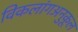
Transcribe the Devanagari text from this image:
विकलांगअनुकूल